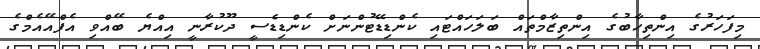
މިފަހަރުގެ އިންތިހާބުގެ އިންތިޒާމްތައް ބަލަހައްޓައި ކެންޑިޑޭޓުންނަށް ކެންޑިޑެސީ ދޫކުރާނީ އިއްޔެ ބޭއްވި އެފްއޭއެމްގެ